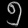
Digit: ၅